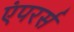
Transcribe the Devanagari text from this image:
एंपरर्स